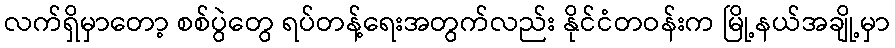
လက်ရှိမှာတော့ စစ်ပွဲတွေ ရပ်တန့်ရေးအတွက်လည်း နိုင်ငံတဝန်းက မြို့နယ်အချို့မှာ